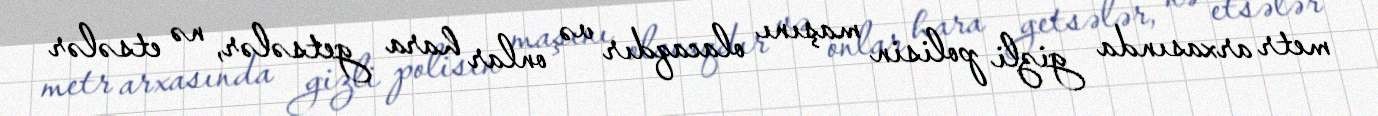
metr arxasında gizli polisin maşını olacaqdır və onlar hara getsələr, nə etsələr